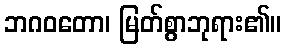
ဘဂဝတော၊ မြတ်စွာဘုရား၏။